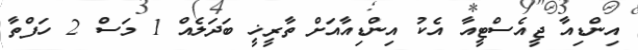
އިންޑިއާ ޖީއެސްޓީއާ އެކު އިންޑިއާއަށް ތާރީޚީ ބަދަލެއް 1 މަސް 2 ހަފްތާ